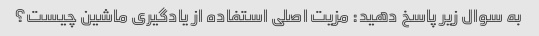
به سوال زیر پاسخ دهید: مزیت اصلی استفاده از یادگیری ماشین چیست؟